Annual administration and progress report of the Indian Medical Department, Bombay
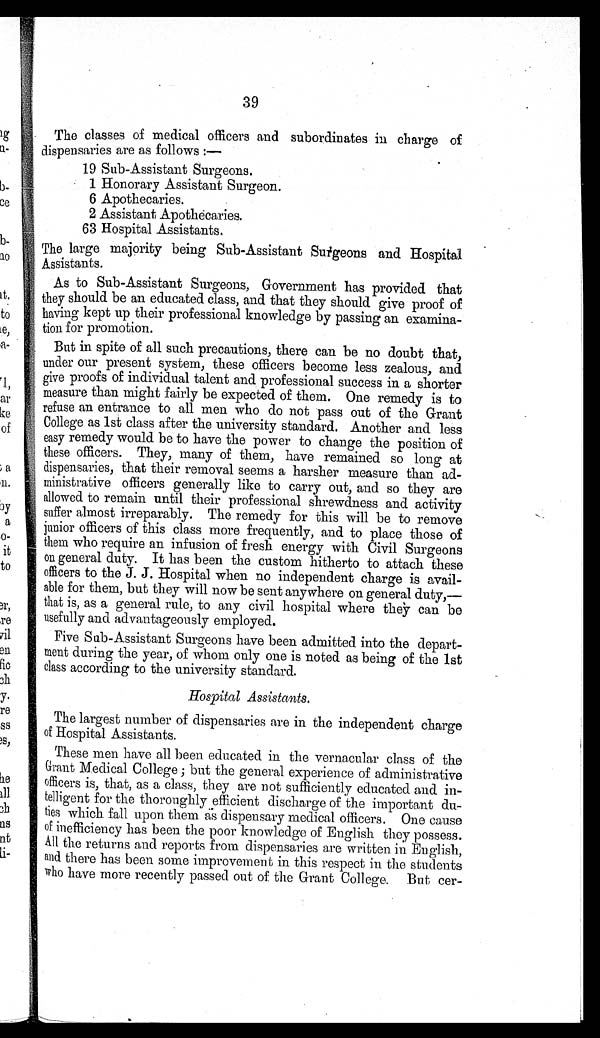
39
The classes of medical officers and subordinates in charge of
dispensaries are as follows:—
19 Sub-Assistant Surgeons.
1 Honorary Assistant Surgeon.
6 Apothecaries.
2 Assistant Apothecaries.
63 Hospital Assistants.
The large majority being Sub-Assistant Surgeons and Hospital
Assistants.
As to Sub-Assistant Surgeons, Government has provided that
they should be an educated class, and that they should give proof of
having kept up their professional knowledge by passing an examina-
tion for promotion.
But in spite of all such precautions, there can be no doubt that,
under our present system, these officers become less zealous, and
give proofs of individual talent and professional success in a shorter
measure than might fairly be expected of them. One remedy is to
refuse an entrance to all men who do not pass out of the Grant
College as 1st class after the university standard. Another and less
easy remedy would be to have the power to change the position of
these officers. They, many of them, have remained so long at
dispensaries, that their removal seems a harsher measure than ad-
ministrative officers generally like to carry out, and so they are
allowed to remain until their professional shrewdness and activity
suffer almost irreparably. The remedy for this will be to remove
junior officers of this class more frequently, and to place those of
them who require an infusion of fresh energy with Civil Surgeons
on general duty. It has been the custom hitherto to attach these
officers to the J. J. Hospital when no independent charge is avail-
able for them, but they will now be sent anywhere on general duty,—
that is, as a general rule, to any civil hospital where they can be
usefully and advantageously employed.
Five Sub-Assistant Surgeons have been admitted into the depart-
ment during the year, of whom only one is noted as being of the 1st
class according to the university standard.
Hospital Assistants.
The largest number of dispensaries are in the independent charge
of Hospital Assistants.
These men have all been educated in the vernacular class of the
Grant Medical College; but the general experience of administrative
officers is, that, as a class, they are not sufficiently educated and in-
telligent for the thoroughly efficient discharge of the important du-
ties which fall upon them as dispensary medical officers. One cause
of inefficiency has been the poor knowledge of English they possess.
All the returns and reports from dispensaries are written in English,
and there has been some improvement in this respect in the students
who have more recently passed out of the Grant College. But cer-